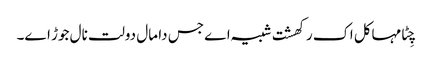
چِٹا مہاکل اک رکھشت شبیہ اے جس دا مال دولت نال جوڑ اے۔